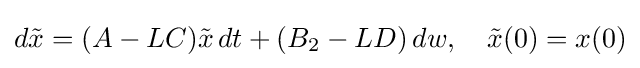
d{\tilde {x}}=(A-LC){\tilde {x}}\,dt+(B_{2}-LD)\,dw,\quad {\tilde {x}}(0)=x(0)